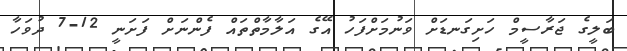
ބަލީގެ ޖަރާސީމް ހަށިގަނޑަށް ވަނުމަށްފަހު އޭގެ އަލާމާތްތައް ފެންނަށް ފަށަނީ 12-7 ދުވަހާ